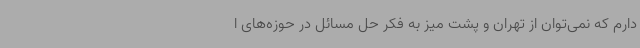
دارم که نمی‌توان از تهران و پشت میز به فکر حل مسائل در حوزه‌های ا